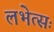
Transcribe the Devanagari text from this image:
लभेत्सः